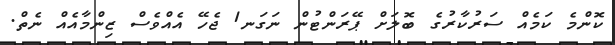
ކޮންމެ ކަމެއް ސަރުކާރުގެ ބޮލަށް ޕޭރަންޓުން ނަގަނ1 ޖެހޭ އެއްވެސް ޒިންމާއެއް ނެތް.